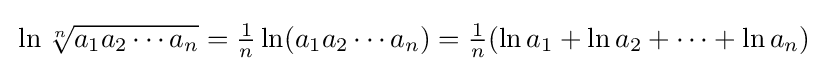
\textstyle {\vphantom {\Big |}}\ln {\sqrt[{n}]{a_{1}a_{2}\cdots a_{n}{\vphantom {t}}}}={\frac {1}{n}}\ln(a_{1}a_{2}\cdots a_{n})={\frac {1}{n}}(\ln a_{1}+\ln a_{2}+\cdots +\ln a_{n})